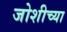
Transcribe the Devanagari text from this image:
जोशीच्या